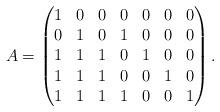
LaTeX: \begin{align*}A = \begin{pmatrix}1 & 0 & 0 & 0 & 0 & 0 & 0 \\0 & 1 & 0 & 1 & 0 & 0 & 0 \\1 & 1 & 1 & 0 & 1 & 0 & 0 \\1 & 1 & 1 & 0 & 0 & 1 & 0 \\1 & 1 & 1 & 1 & 0 & 0 & 1\end{pmatrix}.\end{align*}